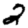
Digit: 2